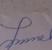
Signature authenticity: genuine